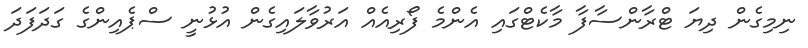
ނިމިގެން ދިޔަ ޓްރާންސާފާ މާކެޓްގައި އެންމެ ފޯރިއެއް އަރުވާލައިގެން އުޅުނީ ސްޕެއިންގެ ގަދަފަދަ